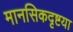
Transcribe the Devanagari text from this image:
मानसिकदृष्टया